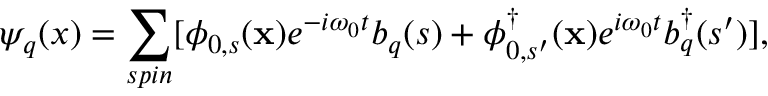
\psi _ { q } ( x ) = \sum _ { s p i n } [ \phi _ { 0 , s } ( { \bf x } ) e ^ { - i \omega _ { 0 } t } b _ { q } ( s ) + \phi _ { 0 , s ^ { \prime } } ^ { \dagger } ( { \bf x } ) e ^ { i \omega _ { 0 } t } b _ { q } ^ { \dagger } ( s ^ { \prime } ) ] ,